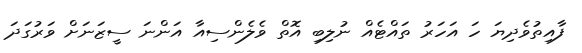
ފާއިތުވެދިޔަ ހަ އަހަރު ތައްޓެއް ނުލިބި އޮތް ވެލެންސިއާ އަންނަ ސީޒަނަށް ވަރުގަދަ